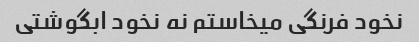
نخود فرنگی میخاستم نه نخود ابگوشتی